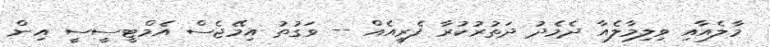
މާލެއާއި ވިލިމާލެއާ ދެމެދު ދަތުރުކުރާ ފެރީއެއް -- ވަގުތު އިމޭޖެސް އެމްޓީސީސީ އިން